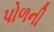
પોળની